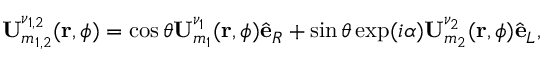
\centering { \bf U } _ { m _ { 1 , 2 } } ^ { \nu _ { 1 , 2 } } ( { \bf r } , \phi ) = \cos \theta { \bf U } _ { m _ { 1 } } ^ { \nu _ { 1 } } ( { \bf r } , \phi ) \hat { \bf e } _ { R } + \sin \theta \exp ( i \alpha ) { \bf U } _ { m _ { 2 } } ^ { \nu _ { 2 } } ( { \bf r } , \phi ) \hat { \bf e } _ { L } ,